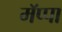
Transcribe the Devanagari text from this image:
मॅप्पा